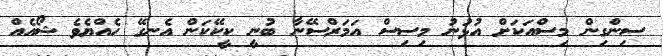
ސިންގިން މިސްއަކަށް އުޅުނު މިސިސް އަމަރްސޭނާ ބުނީ ކީކޭކަން އެނގޭ ހެއްޔެވެ ޝޯއެއް